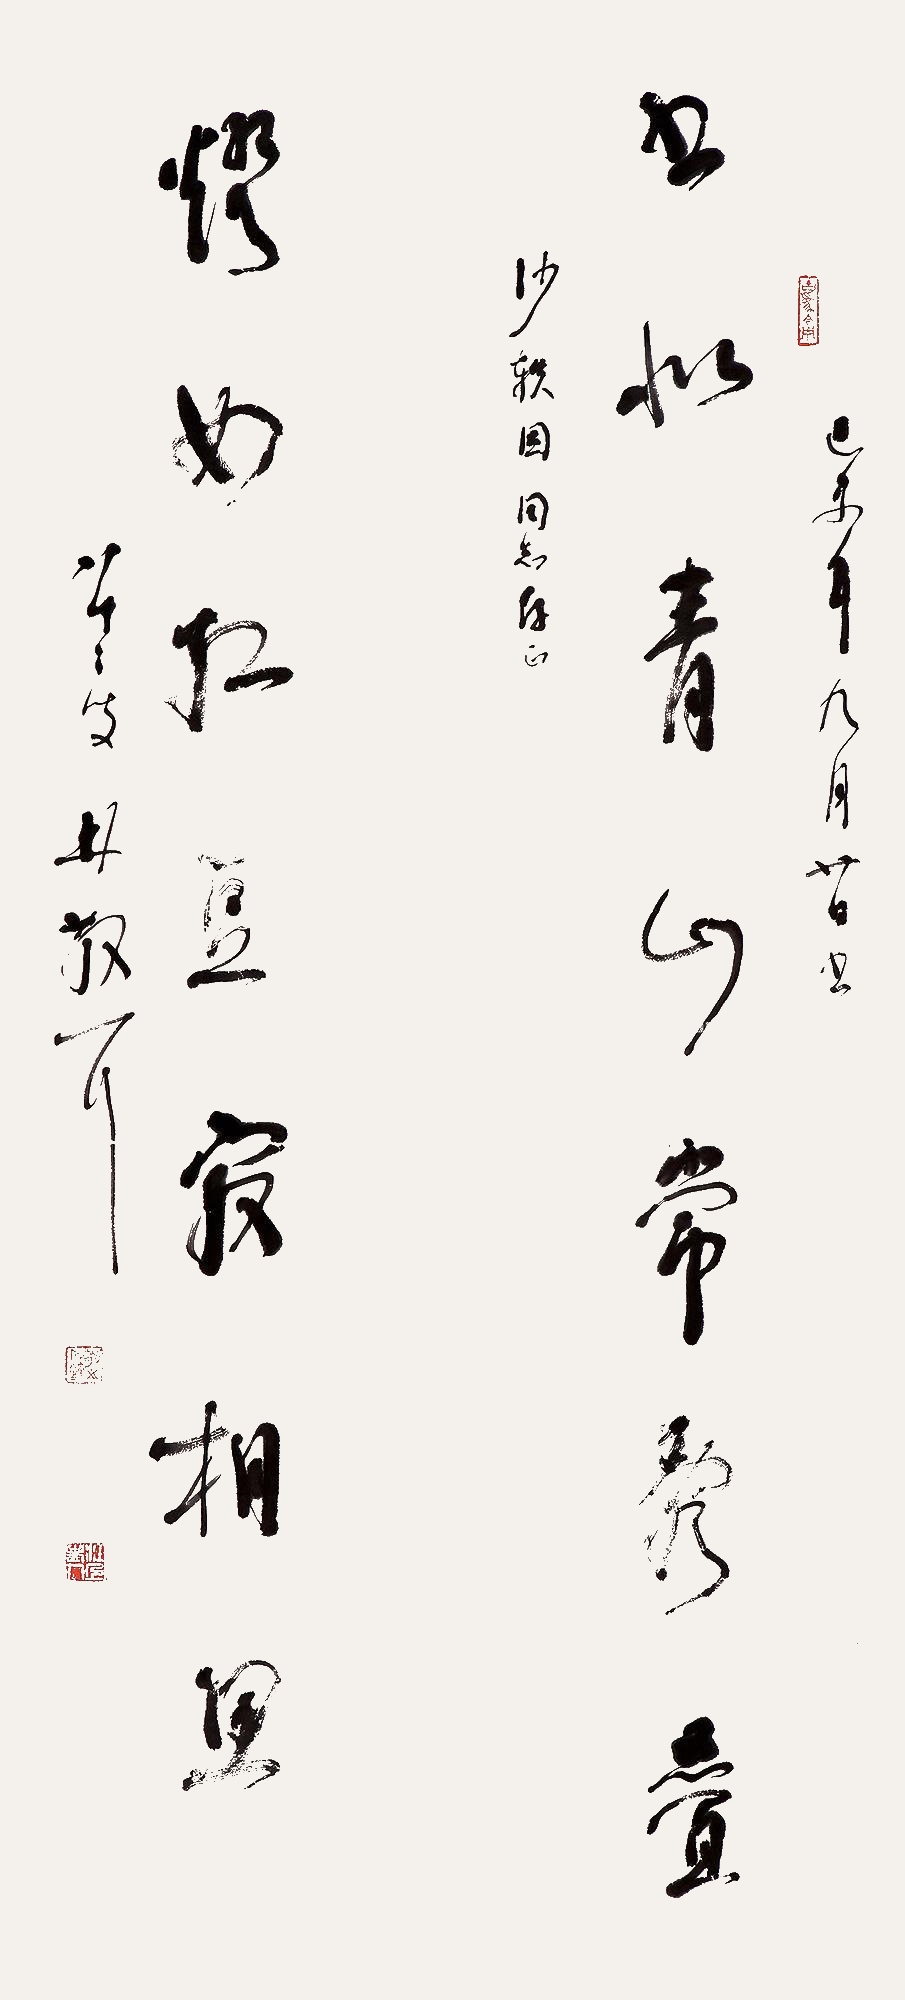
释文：书似青山常乱叠，灯如红豆最相思。己未（1979）年九月廿日书，沙轶因同志存正，八十二叟林散耳。